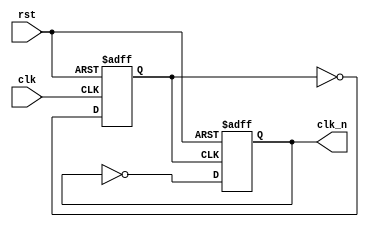
module clk_unit(
	input clk,
	input rst,
	output clk_n
	);
	
    reg clk_n;
    reg clk_tmp;
    always @(posedge clk_tmp or posedge rst) begin
       if (rst)
        clk_n <= 0;
      else
        clk_n <= ~clk_n;
    end
    
    always @(posedge clk or posedge rst) begin
        if (rst)
            clk_tmp <= 0;
        else
            clk_tmp <= ~clk_tmp;
    end
endmodule